Assam Mental Hospital (Tezpur, India) - 1933-1948
Year: 1933
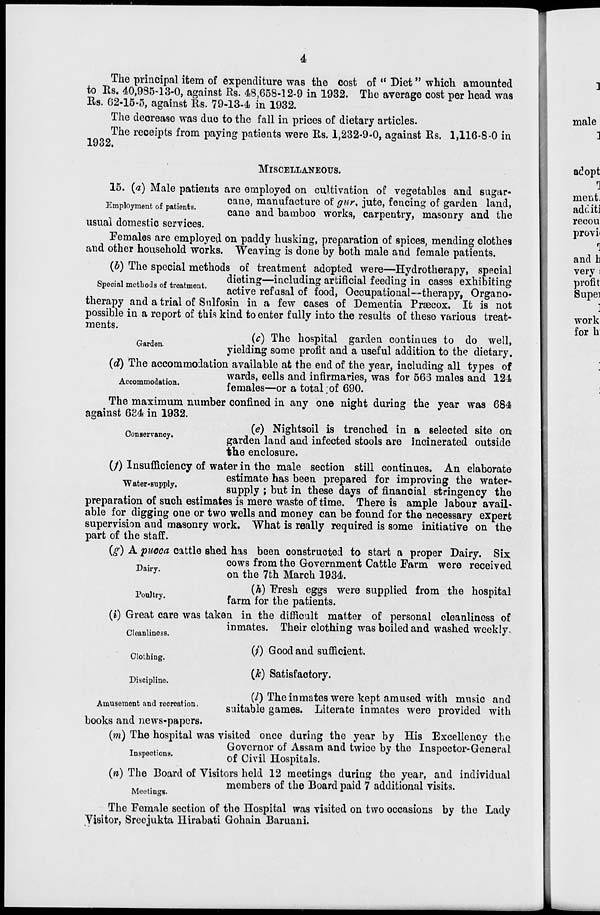
4
The principal item of expenditure was the cost of " Diet" which amounted
to Rs. 40,985-13-0, against Rs. 48,658-12-9 in 1932. The average cost per head was
Rs. 62-15-5, against Rs. 79-13-4 in 1932.
The decrease was due to the fall in prices of dietary articles.
The receipts from paying patients were Rs. 1,232-9-0, against Rs. 1,116-8-0 in
1932.
MISCELLANEOUS.
Employment of patients.
15. (a) Male patients are employed on cultivation of vegetables and sugar-
cane, manufacture of gur, jute, fencing of garden land,
cane and bamboo works, carpentry, masonry and the
usual domestic services.
Females are employed on paddy husking, preparation of spices, mending clothes
and other household works. Weaving is done by both male and female patients.
Special methods of treatment.
(b) The special methods of treatment adopted were—Hydrotherapy, special
dieting—including artificial feeding in cases exhibiting
active refusal of food, Occupational—therapy, Organo-
therapy and atrial of Sulfosin in a few cases of Dementia Præcox. It is not
possible in a report of this kind to enter fully into the results of these various treat-
ments.
Garden.
(c) The hospital garden continues to do well,
yielding some profit and a useful addition to the dietary.
Accommodation.
(d) The accommodation available at the end of the year, including all types of
wards, cells and infirmaries, was for 566 males and 124
females—or a total of 690.
The maximum number confined in any one night during the year was 684
against 634 in 1932.
Conservancy.
(e) Nightsoil is trenched in a selected site on
garden land and infected stools are incinerated outside
the enclosure.
Water-supply.
(f) Insufficiency of water in the male section still continues. An elaborate
estimate has been prepared for improving the water-
supply ; but in these days of financial stringency the
preparation of such estimates is mere waste of time. There is ample labour avail-
able for digging one or two wells and money can be found for the necessary expert
supervision and masonry work. What is really required is some initiative on the
part of the staff.
Dairy.
(g) A pucca cattle shed has been constructed to start a proper Dairy. Six
cows from the Government Cattle Farm were received
on the 7th March 1934.
Poultry.
(h) Fresh eggs were supplied from the hospital
farm for the patients.
Cleanliness.
(i) Great care was taken in the difficult matter of personal cleanliness of
inmates. Their clothing was boiled and washed weekly.
Clothing.
(j) Good and sufficient.
Discipline.
(k) Satisfactory.
Amusement and recreation.
(l) The inmates were kept amused with music and
suitable games. Literate inmates were provided with
books and news-papers.
Inspections.
(m) The hospital was visited once during the year by His Excellency the
Governor of Assam and twice by the Inspector-General
of Civil Hospitals.
Meetings.
(n) The Board of Visitors held 12 meetings during the year, and individual
members of the Board paid 7 additional visits.
The Female section of the Hospital was visited on two occasions by the Lady
Visitor, Sreejukta Hirabati Gohain Baruani.